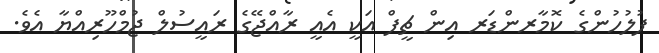
ފުލުހުންގެ ކޮމާރންޑަރ އިން ޗީފް އަކީ އެއީ ރާއްޖޭގެ ރައީސުލް ޖުމްހޫރިއްޔާ އެވެ.